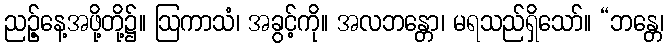
ညဉ့်နေ့အဖို့တို့၌။ ဩကာသံ၊ အခွင့်ကို။ အလဘန္တော၊ မရသည်ရှိသော်။ “ဘန္တေ၊